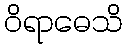
ဝိရာဓေသိ